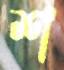
শ